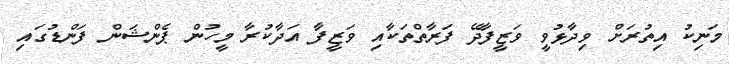
މަނިކު އިތުރަށް ވިދާޅުވީ ވަޒީފާދޭ ފަރާތްތަކާއި ވަޒީފާ އަދާކުރާ މީހުން ޕެންޝަން ފަންޑުގައި